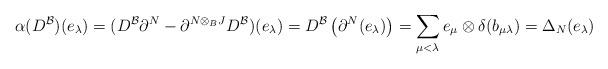
LaTeX: \begin{align*}\alpha(D^{\mathcal{B}})(e_\lambda) = (D^{\mathcal{B}}\partial^N- \partial^{N\otimes_B J} D^{\mathcal{B}})(e_\lambda) = D^{\mathcal{B}}\left(\partial^{N}(e_\lambda)\right) = \sum_{\mu<\lambda}e_\mu \otimes \delta(b_{\mu\lambda}) = \Delta_N(e_\lambda)\end{align*}